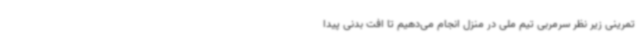
تمرینی زیر نظر سرمربی تیم ملی در منزل انجام می‌دهیم تا افت بدنی پیدا